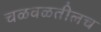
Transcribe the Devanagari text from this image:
चळवळतीलच